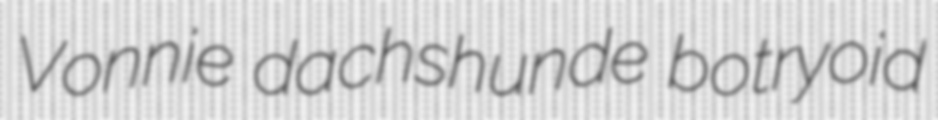
Vonnie dachshunde botryoid